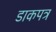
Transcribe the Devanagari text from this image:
डाकपत्र